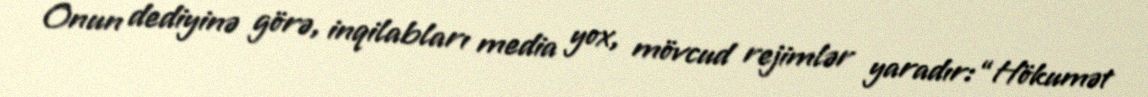
Onun dediyinə görə, inqilabları media yox, mövcud rejimlər yaradır: “Hökumət